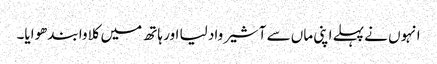
انہوں نے پہلے اپنی ماں سے آشیرواد لیا اور ہاتھ میں کلاوا بندھوایا۔